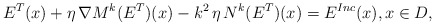
\begin{align*}E^T(x) + \eta \, \nabla M^k(E^T)(x) - k^2 \, \eta \, N^{k}(E^T)(x) = E^{Inc}(x),x\in D,\end{align*}